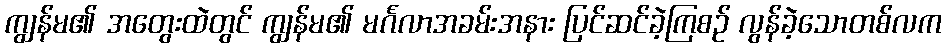
ကျွန်မ၏ အတွေးထဲတွင် ကျွန်မ၏ မင်္ဂလာအခမ်းအနား ပြင်ဆင်ခဲ့ကြစဉ် လွန်ခဲ့သောတစ်လက